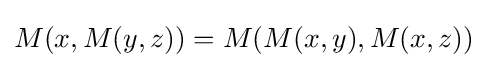
M(x,M(y,z))=M(M(x,y),M(x,z))